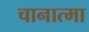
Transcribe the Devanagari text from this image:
चानात्मा